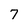
Character: 7